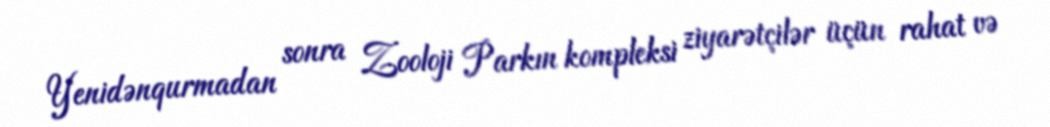
Yenidənqurmadan sonra Zooloji Parkın kompleksi ziyarətçilər üçün rahat və